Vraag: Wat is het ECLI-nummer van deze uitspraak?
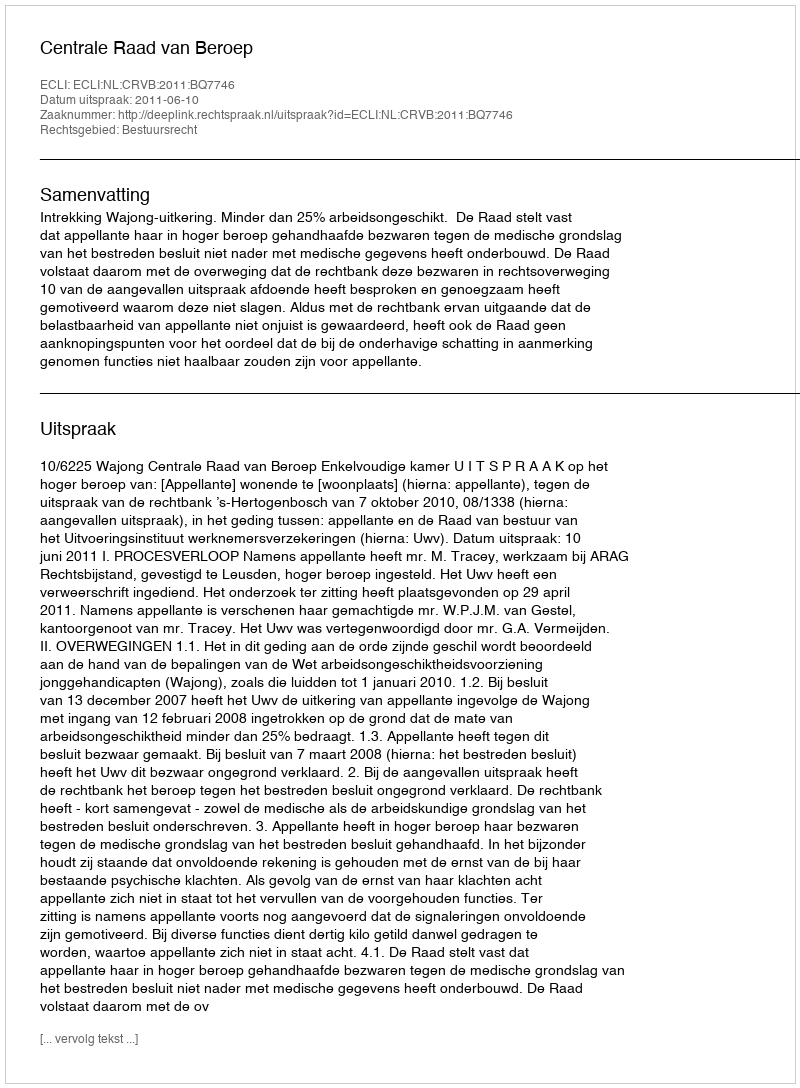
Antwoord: ECLI:NL:CRVB:2011:BQ7746